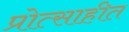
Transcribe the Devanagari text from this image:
प्रोत्साहीत